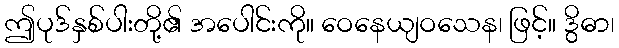
ဤပုဒ်နှစ်ပါးတို့၏ အပေါင်းကို။ ဝေနေယျဝသေန၊ ဖြင့်။ ဒွိဓာ၊